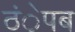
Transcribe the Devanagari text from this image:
ठंेपब